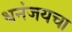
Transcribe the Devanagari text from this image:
धनंजयचा